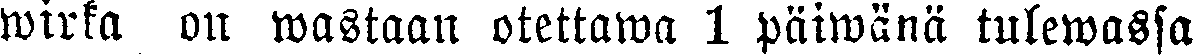
wirka on wastaan otettawa 1 päiwänä tulewassa